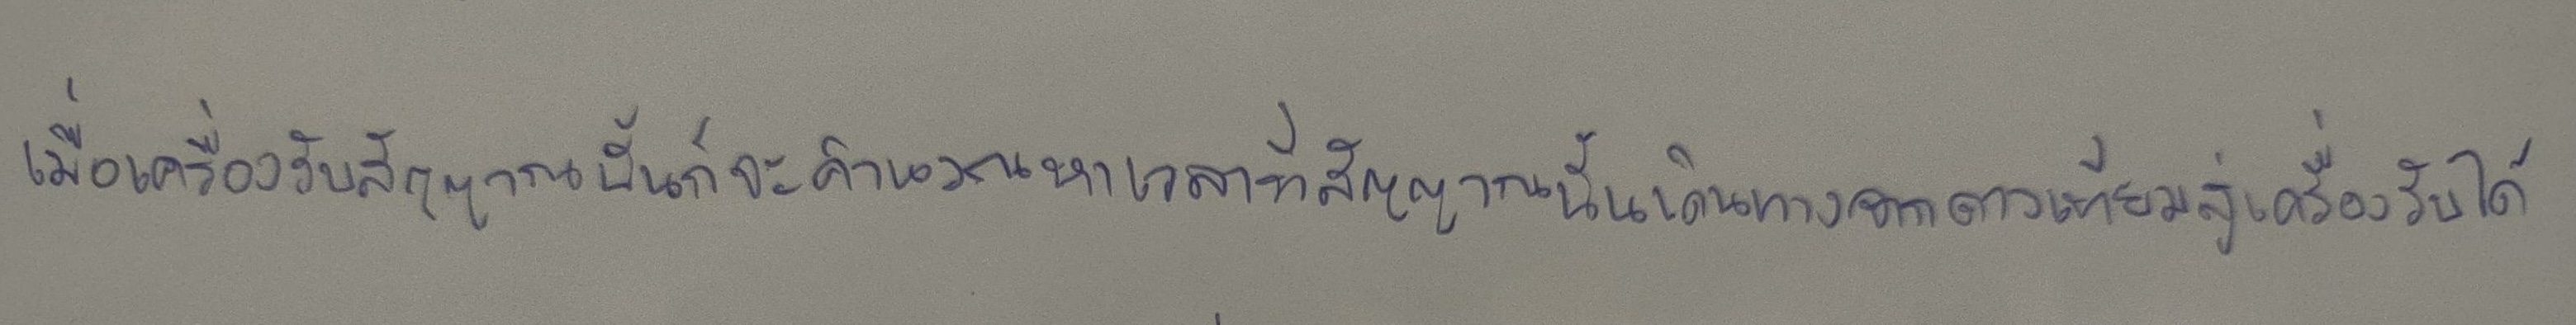
เมื่อเครื่องรับสัญญาณนั้นก็จะคำนวณหาเวลาที่สัญญาณนั้นเดินทางจากดาวเทียมสู่เครื่องรับได้